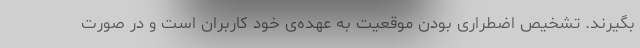
بگیرند. تشخیص اضطراری بودن موقعیت به عهده‌ی خود کاربران است و در صورت